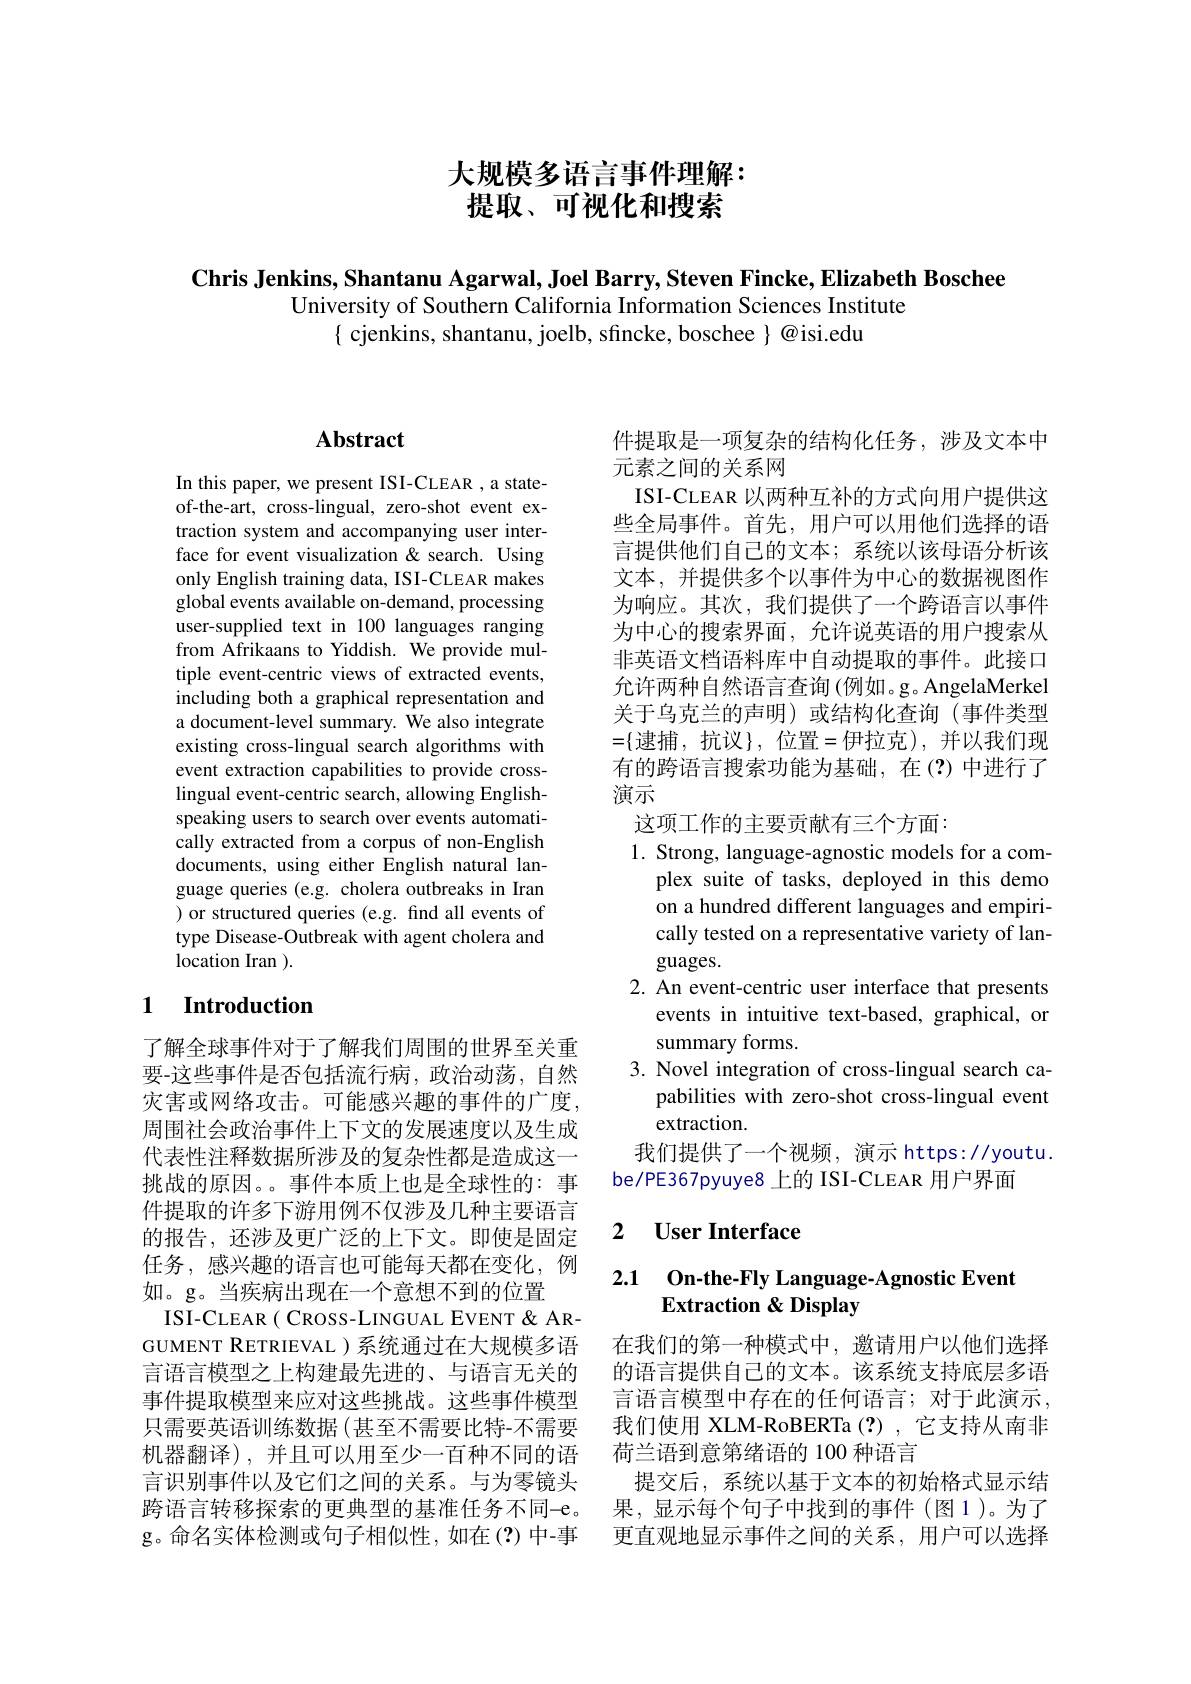
大规模多语言事件理解：
# 提取、可视化和搜索

$\textbf{Chris Jenkins, Shantanu Agarwal, Joel Barry, Steven Fincke, Elizabeth Boschee}$
University of Southern California Information Sciences Institute
$\{$ cjenkins, shantanu, joelb, sfincke, boschee $\}$ @isi.edu

## $\mathbf{Abstract}$

In this paper, we present ISI-CLEAR , a stateof-the-art, cross-lingual, zero-shot event extraction system and accompanying user interface for event visualization &search. Using only English training data, ISI-CLEAR makes global events available on-demand, processing user-supplied text in 100 languages ranging from Afrikaans to Yiddish. We provide multiple event-centric views of extracted events, including both a graphical representation and a document-level summary. We also integrate existing cross-lingual search algorithms with event extraction capabilities to provide crosslingual event-centric search, allowing Englishspeaking users to search over events automatically extracted from a corpus of non-English documents, using either English natural language queries (e.g. cholera outbreaks in Iran ) or structured queries (e.g. find all events of type Disease-Outbreak with agent cholera and location Iran ).

## 1 Introduction

了解全球事件对于了解我们周围的世界至关重要-这些事件是否包括流行病，政治动荡，自然灾害或网络攻击。可能感兴趣的事件的广度周围社会政治事件上下文的发展速度以及生成代表性注释数据所涉及的复杂性都是造成这一挑战的原因。事件本质上也是全球性的：事件提取的许多下游用例不仅涉及几种主要语言的报告，还涉及更广泛的上下文。即使是固定任务，感兴趣的语言也可能每天都在变化，例如。g。当疾病出现在一个意想不到的位置
ISI-CLEAR ( CROSS-LINGUAL EVENT & ARGUMENT RETRIEVAL )系统通过在大规模多语言语言模型之上构建最先进的、与语言无关的事件提取模型来应对这些挑战。这些事件模型只需要英语训练数据(甚至不需要比特-不需要机器翻译),并且可以用至少一百种不同的语言识别事件以及它们之间的关系。与为零镜头跨语言转移探索的更典型的基准任务不同-e。果，显示每个句子中找到的事件 (图1)。为了
g。命名实体检测或句子相似性，如在(?)中-事

件提取是一项复杂的结构化任务，涉及文本中
元素之间的关系网
ISI-CLEAR 以两种互补的方式向用户提供这些全局事件。首先，用户可以用他们选择的语言提供他们自己的文本；系统以该母语分析该文本，并提供多个以事件为中心的数据视图作为响应。其次，我们提供了一个跨语言以事件为中心的搜索界面，允许说英语的用户搜索从非英语文档语料库中自动提取的事件。此接口允许两种自然语言查询 (例如。g。AngelaMerkel 关于乌克兰的声明)或结构化查询(事件类型$=\{$逮捕，抗议$\}$,位置=伊拉克),并以我们现有的跨语言搜索功能为基础，在(?)中进行了演示
这项工作的主要贡献有三个方面：
1. Strong, language-agnostic models for a com-
plex suite of tasks, deployed in this demo on a hundred different languages and empirically tested on a representative variety of lan- $\operatorname{guages}.$
2. An event-centric user interface that presents
events in intuitive text-based, graphical, or
summary forms.
3. Novel integration of cross-lingual search ca-
pabilities with zero-shot cross-lingual event
extraction.
我们提供了一个视频，演示 https://youtu
be/PE367pyuye8 上的 ISI-CLEAR 用户界面

### 2 $\textbf{User Interface}$

### 2.1 On-the-Fly Language-Agnostic Event Extraction & Display

在我们的第一种模式中，邀请用户以他们选择的语言提供自己的文本。该系统支持底层多语言语言模型中存在的任何语言；对于此演示， 我们使用 XLM-RoBERTa(?),它支持从南非荷兰语到意第绪语的 100 种语言
提交后，系统以基于文本的初始格式显示结更直观地显示事件之间的关系，用户可以选择